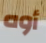
أوه